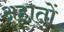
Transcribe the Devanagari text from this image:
अहातों